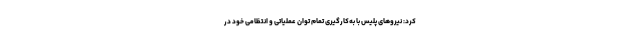
کرد: نیروهای پلیس با به‌کارگیری تمام توان عملیاتی و انتظامی خود در